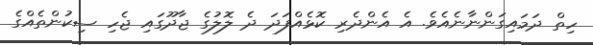
ހިތް ދަމައިގަންނާނެއެވެ. އެ އެންދެރި ކޮޅެއްފަދަ ދެ ލޮލުގެ ޖާދޫގައި ޖެހި ސިކުންތެއްގެ